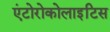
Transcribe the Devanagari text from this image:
एंटोरोकोलाइटिस